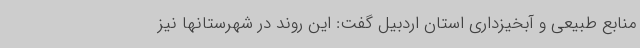
منابع طبیعی و آبخیزداری استان اردبیل گفت: این روند در شهرستانها نیز